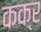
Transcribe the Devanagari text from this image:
कक्र